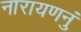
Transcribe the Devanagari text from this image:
नारायणनुं